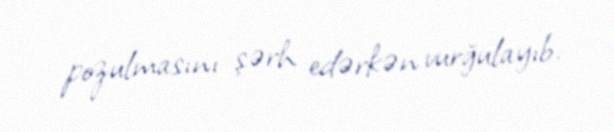
pozulmasını şərh edərkən vurğulayıb.